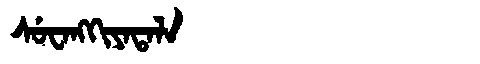
Manchu: ᠰᡠᠸᠠᠩᡴᡳᠶᠠᡨᠠᠯᠠ
Romanization: SUWANGKIYATALA